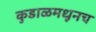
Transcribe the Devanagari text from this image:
कुडाळमधूनच